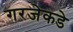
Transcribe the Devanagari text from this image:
गरजेकडे